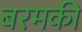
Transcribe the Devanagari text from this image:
बरमकी